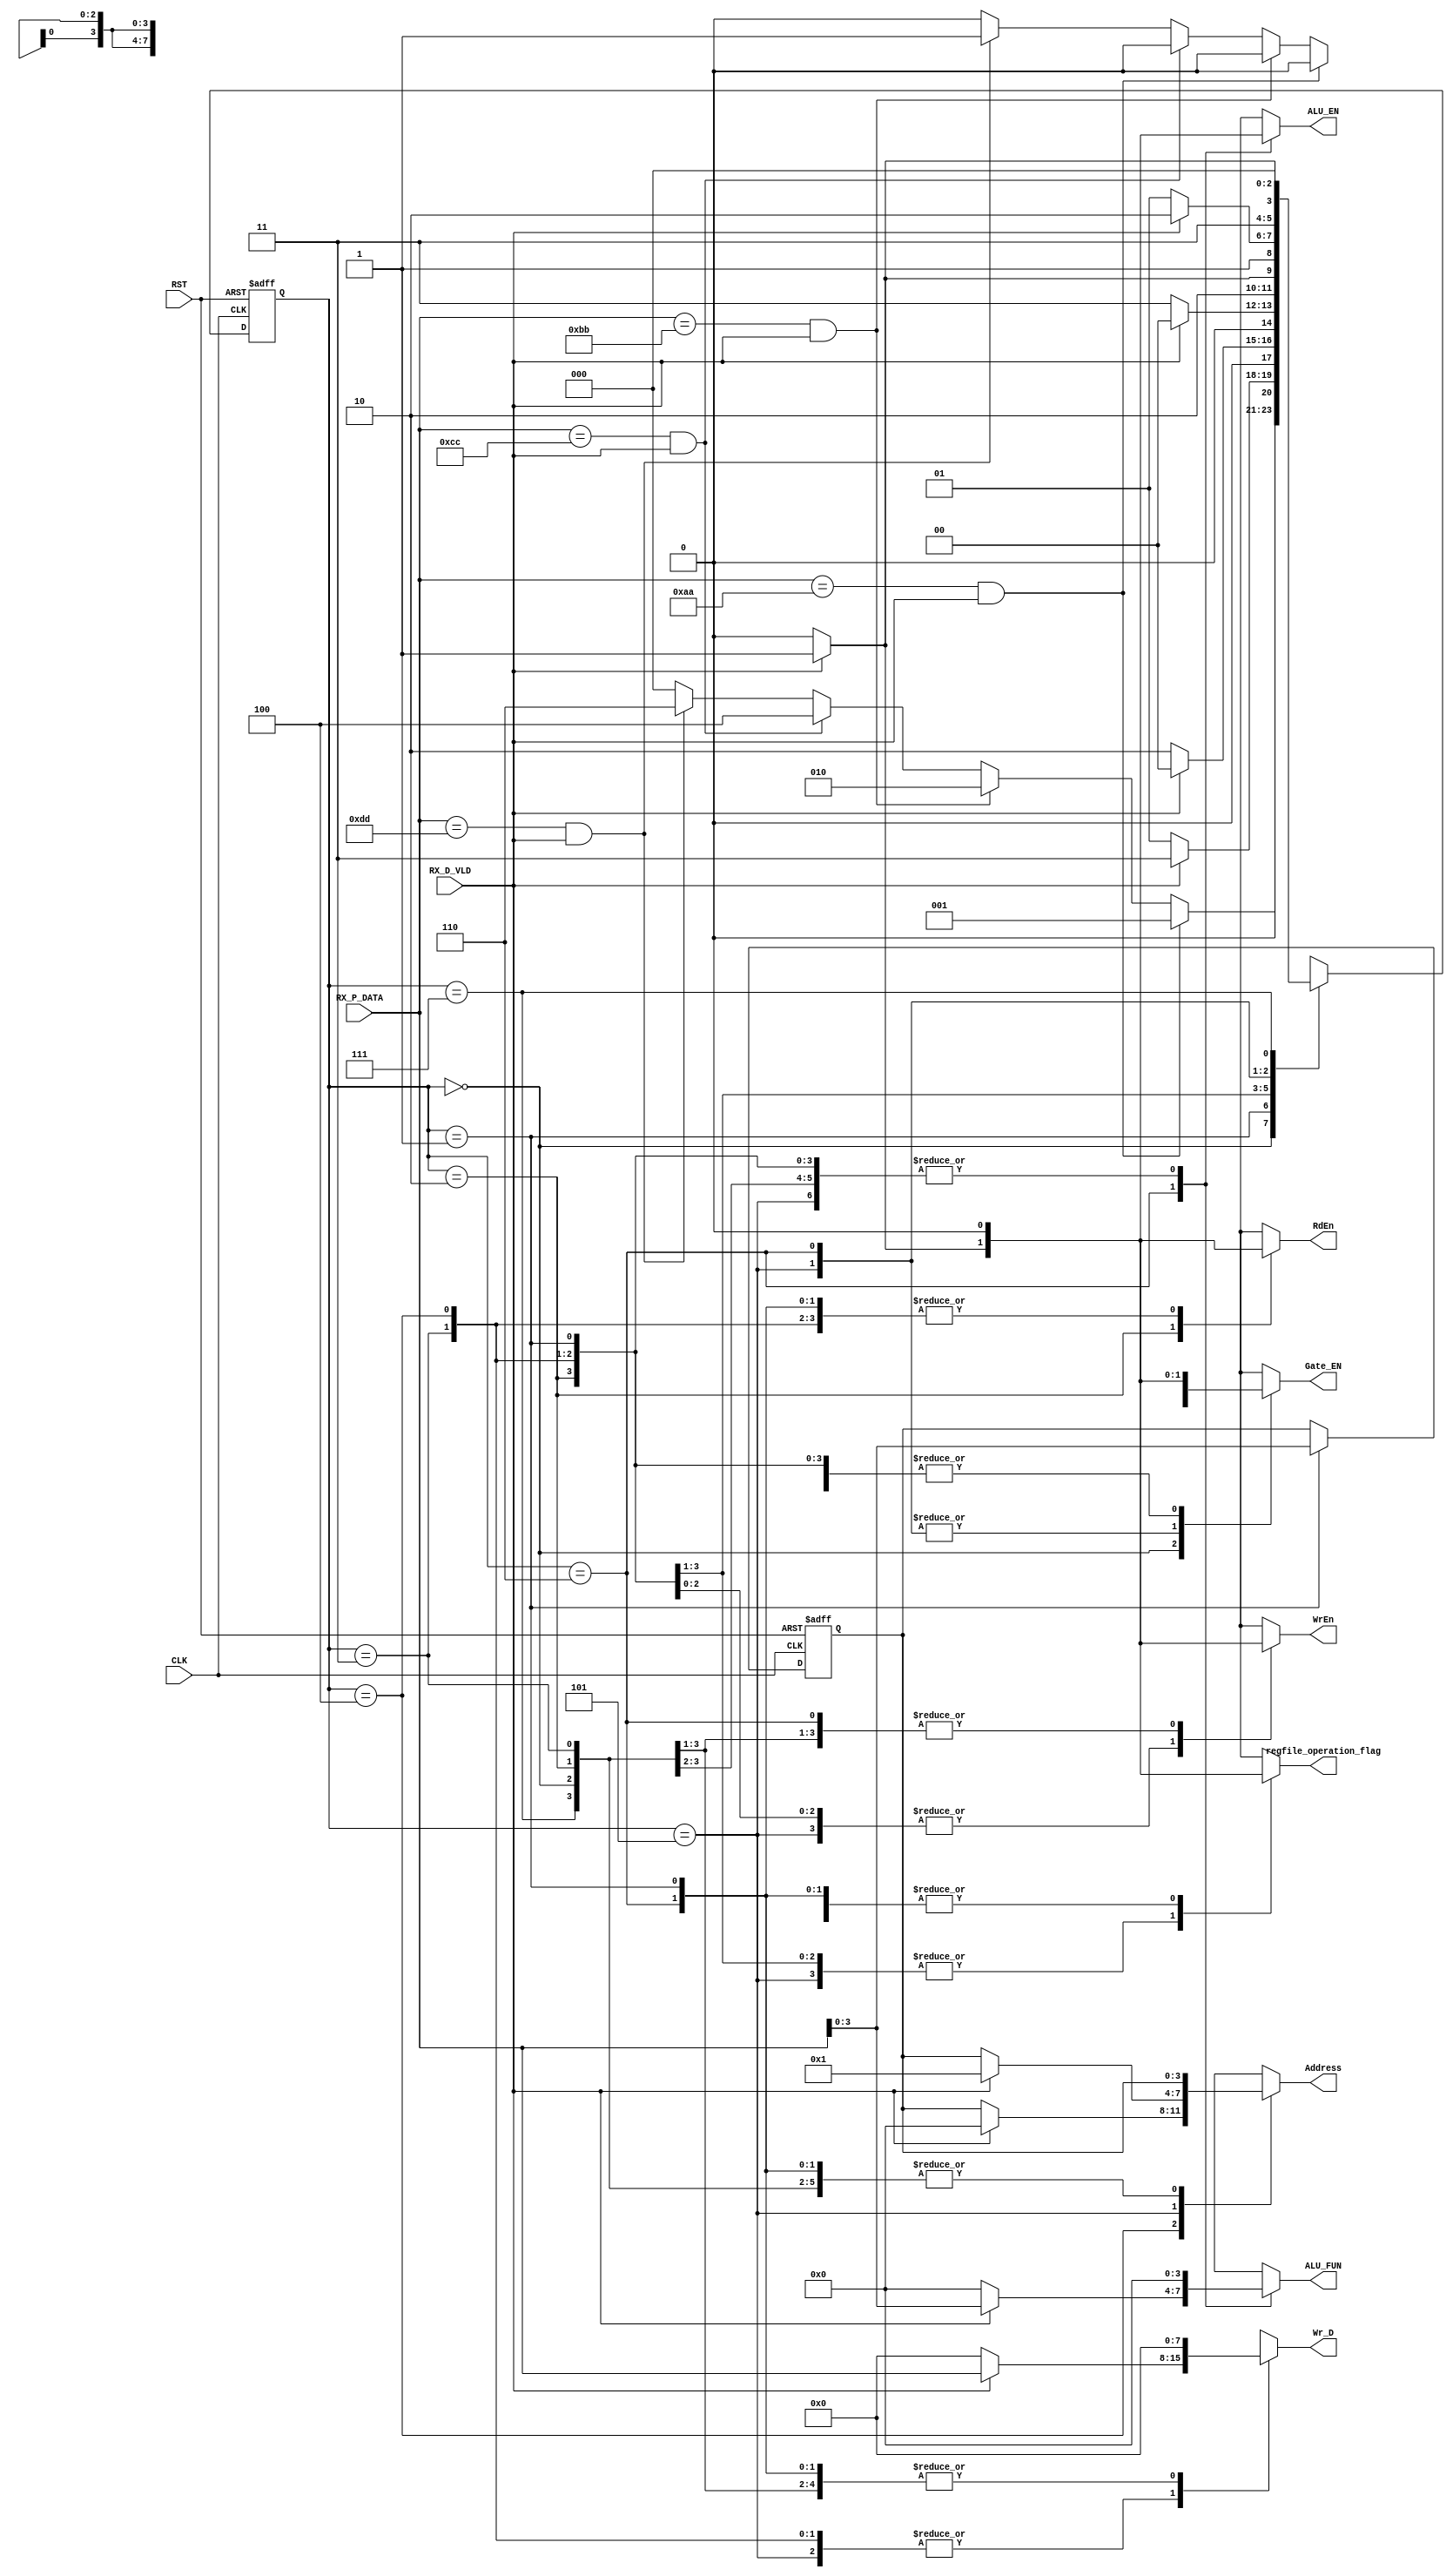
module SYS_CTRL_Rx # ( parameter DATA_WIDTH = 8 , ADDR = 4)
(
 input	wire												CLK,
 input	wire												RST,
 input	wire		[DATA_WIDTH-1:0]		RX_P_DATA,
 input	wire												RX_D_VLD,
 output  reg                   			WrEn,  
 output  reg                   			RdEn, 
 output  reg    [ADDR-1:0]        	Address, 
 output  reg    [DATA_WIDTH-1:0]  	Wr_D, 
 output  reg                   			Gate_EN,
 output  reg    [3:0]             	ALU_FUN,
 output  reg                   			ALU_EN,
 output  reg												regfile_operation_flag
);


// gray state encoding
localparam  [2:0]      idle_check  = 3'b000 ,
                       addresswr   = 3'b001 ,
                       addressrd   = 3'b010 ,
          			   		 data     	 = 3'b011 ,
          			   		 op_a        = 3'b100 ,
          			   		 op_b        = 3'b101 ,
          			   		 alu_fun     = 3'b110 ,
          			   		 done				 = 3'b111 ;


reg         [2:0]      				current_state , next_state ;
reg 				[ADDR-1:0]				saved_address	;
/*reg 				[DATA_WIDTH-1:0]	saved_operation ;*/


//state transiton 
always @ (posedge CLK or negedge RST) begin
  if(!RST) begin
    current_state <= idle_check ;
   end

  else begin
    current_state <= next_state ;
   end
 end



// next state logic
always @ (*) begin
RdEn = 1'b0 ;
Gate_EN = 1'b0 ;
WrEn = 1'b0 ;
ALU_EN = 1'b0 ;
ALU_FUN = 4'b0000 ;
Address = saved_address ;
Wr_D = 8'b0000_0000 ;
regfile_operation_flag = 1'b0 ;

  case(current_state)
	  idle_check:begin
	  						if (RX_P_DATA == 8'hAA && RX_D_VLD) begin
	  							next_state = addresswr ;
	  						end

	  						else if (RX_P_DATA == 8'hBB && RX_D_VLD) begin
	  							next_state = addressrd ;
	  						end

	  						else if (RX_P_DATA == 8'hCC && RX_D_VLD) begin
									next_state = op_a ;
	  						end

	  						else if (RX_P_DATA == 8'hDD && RX_D_VLD) begin
	  							Gate_EN = 1'b1 ;
	  							next_state = alu_fun ;
	  						end

	  						else begin
	  							next_state = idle_check ;
	  						end
	  					 end

	  addresswr:begin
	  					if (RX_D_VLD) begin
	  						WrEn = 1'b1 ;
	  						Address = saved_address ;
	  						next_state = data ;
	  					end

	  					else begin
	  						next_state = addresswr ;
	  					end
	  				end

		addressrd:begin
	  					if(RX_D_VLD) begin
	  						RdEn = 1'b1 ;
	  						regfile_operation_flag = 1'b1 ;
	  						Address = saved_address ;
	  						next_state = idle_check ;
	  					end

	  					else begin
	  						next_state = addressrd ;
	  					end
	  				end

		data:begin
						if (RX_D_VLD) begin
			  			WrEn = 1'b1 ;
			  			regfile_operation_flag = 1'b1 ;
		  				Wr_D = RX_P_DATA ;
		  				next_state = idle_check ;
						end

						else begin
							next_state = data ;
						end
	      	end
	
	  op_a:begin
	  				if (RX_D_VLD) begin
			  			WrEn = 1'b1 ;
		  				regfile_operation_flag = 1'b1 ;
		  				Address = 4'b0000 ;
	  					Wr_D = RX_P_DATA ;
	  					next_state = op_b ;  					
	  				end

	  				else begin
							next_state = op_a ;
						end
	      	end

	  op_b:begin
	  				if (RX_D_VLD) begin
	  					WrEn = 1'b1 ;
			  			regfile_operation_flag = 1'b1 ;
			  			Gate_EN = 1'b1 ;
			  			Address = 4'b0001 ;
		  				Wr_D = RX_P_DATA ;
		  				next_state = alu_fun ;
	  				end

		  			else begin
							next_state = op_b ;
						end
	       end

	  alu_fun:begin
	  					if (RX_D_VLD) begin
	  						ALU_EN = 1'b1 ;
	  						Gate_EN = 1'b1 ;
	  						ALU_FUN = RX_P_DATA ;
	  						next_state = done ;
	  					end

	  					else begin
							next_state = alu_fun ;
	  					end
	      		end

	  done:begin
	  			next_state = idle_check ;
	       end

	  default:begin
	  					next_state = idle_check ;	           
						end
	endcase
 end


//save address in case of write_mem
always @(posedge CLK or negedge RST) begin
	if (~RST) begin
		saved_address <= 'b0 ;
	end
	else begin 
		if(current_state == addresswr)begin
		saved_address <= RX_P_DATA[3:0] ;
		end
	end
end

/*
//save operation to determine write_mem OR read_mem
always @(posedge CLK or negedge RST) begin 
	if (~RST) begin
		saved_operation <= 'b0 ;
	end
	else if(current_state == idle_check && RX_D_VLD) begin 
		saved_operation <= RX_P_DATA ;
	end
end
*/

endmodule